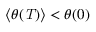
\langle \theta ( \mathit { T } ) \rangle < \theta ( 0 )